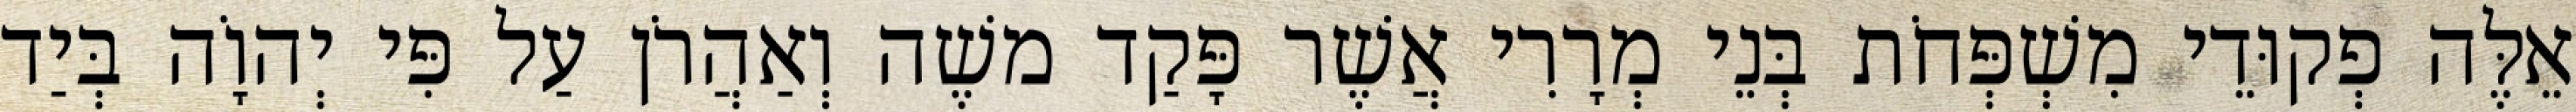
אֵלֶּה פְקוּדֵי מִשְׁפְּחֹת בְּנֵי מְרָרִי אֲשֶׁר פָּקַד משֶׁה וְאַהֲרֹן עַל פִּי יְהוָֹה בְּיַד